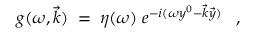
g ( \omega , \vec { k } ) \; = \; \eta ( \omega ) \; e ^ { - i ( \omega y ^ { 0 } - \vec { k } \vec { y } ) } \; \; \; ,